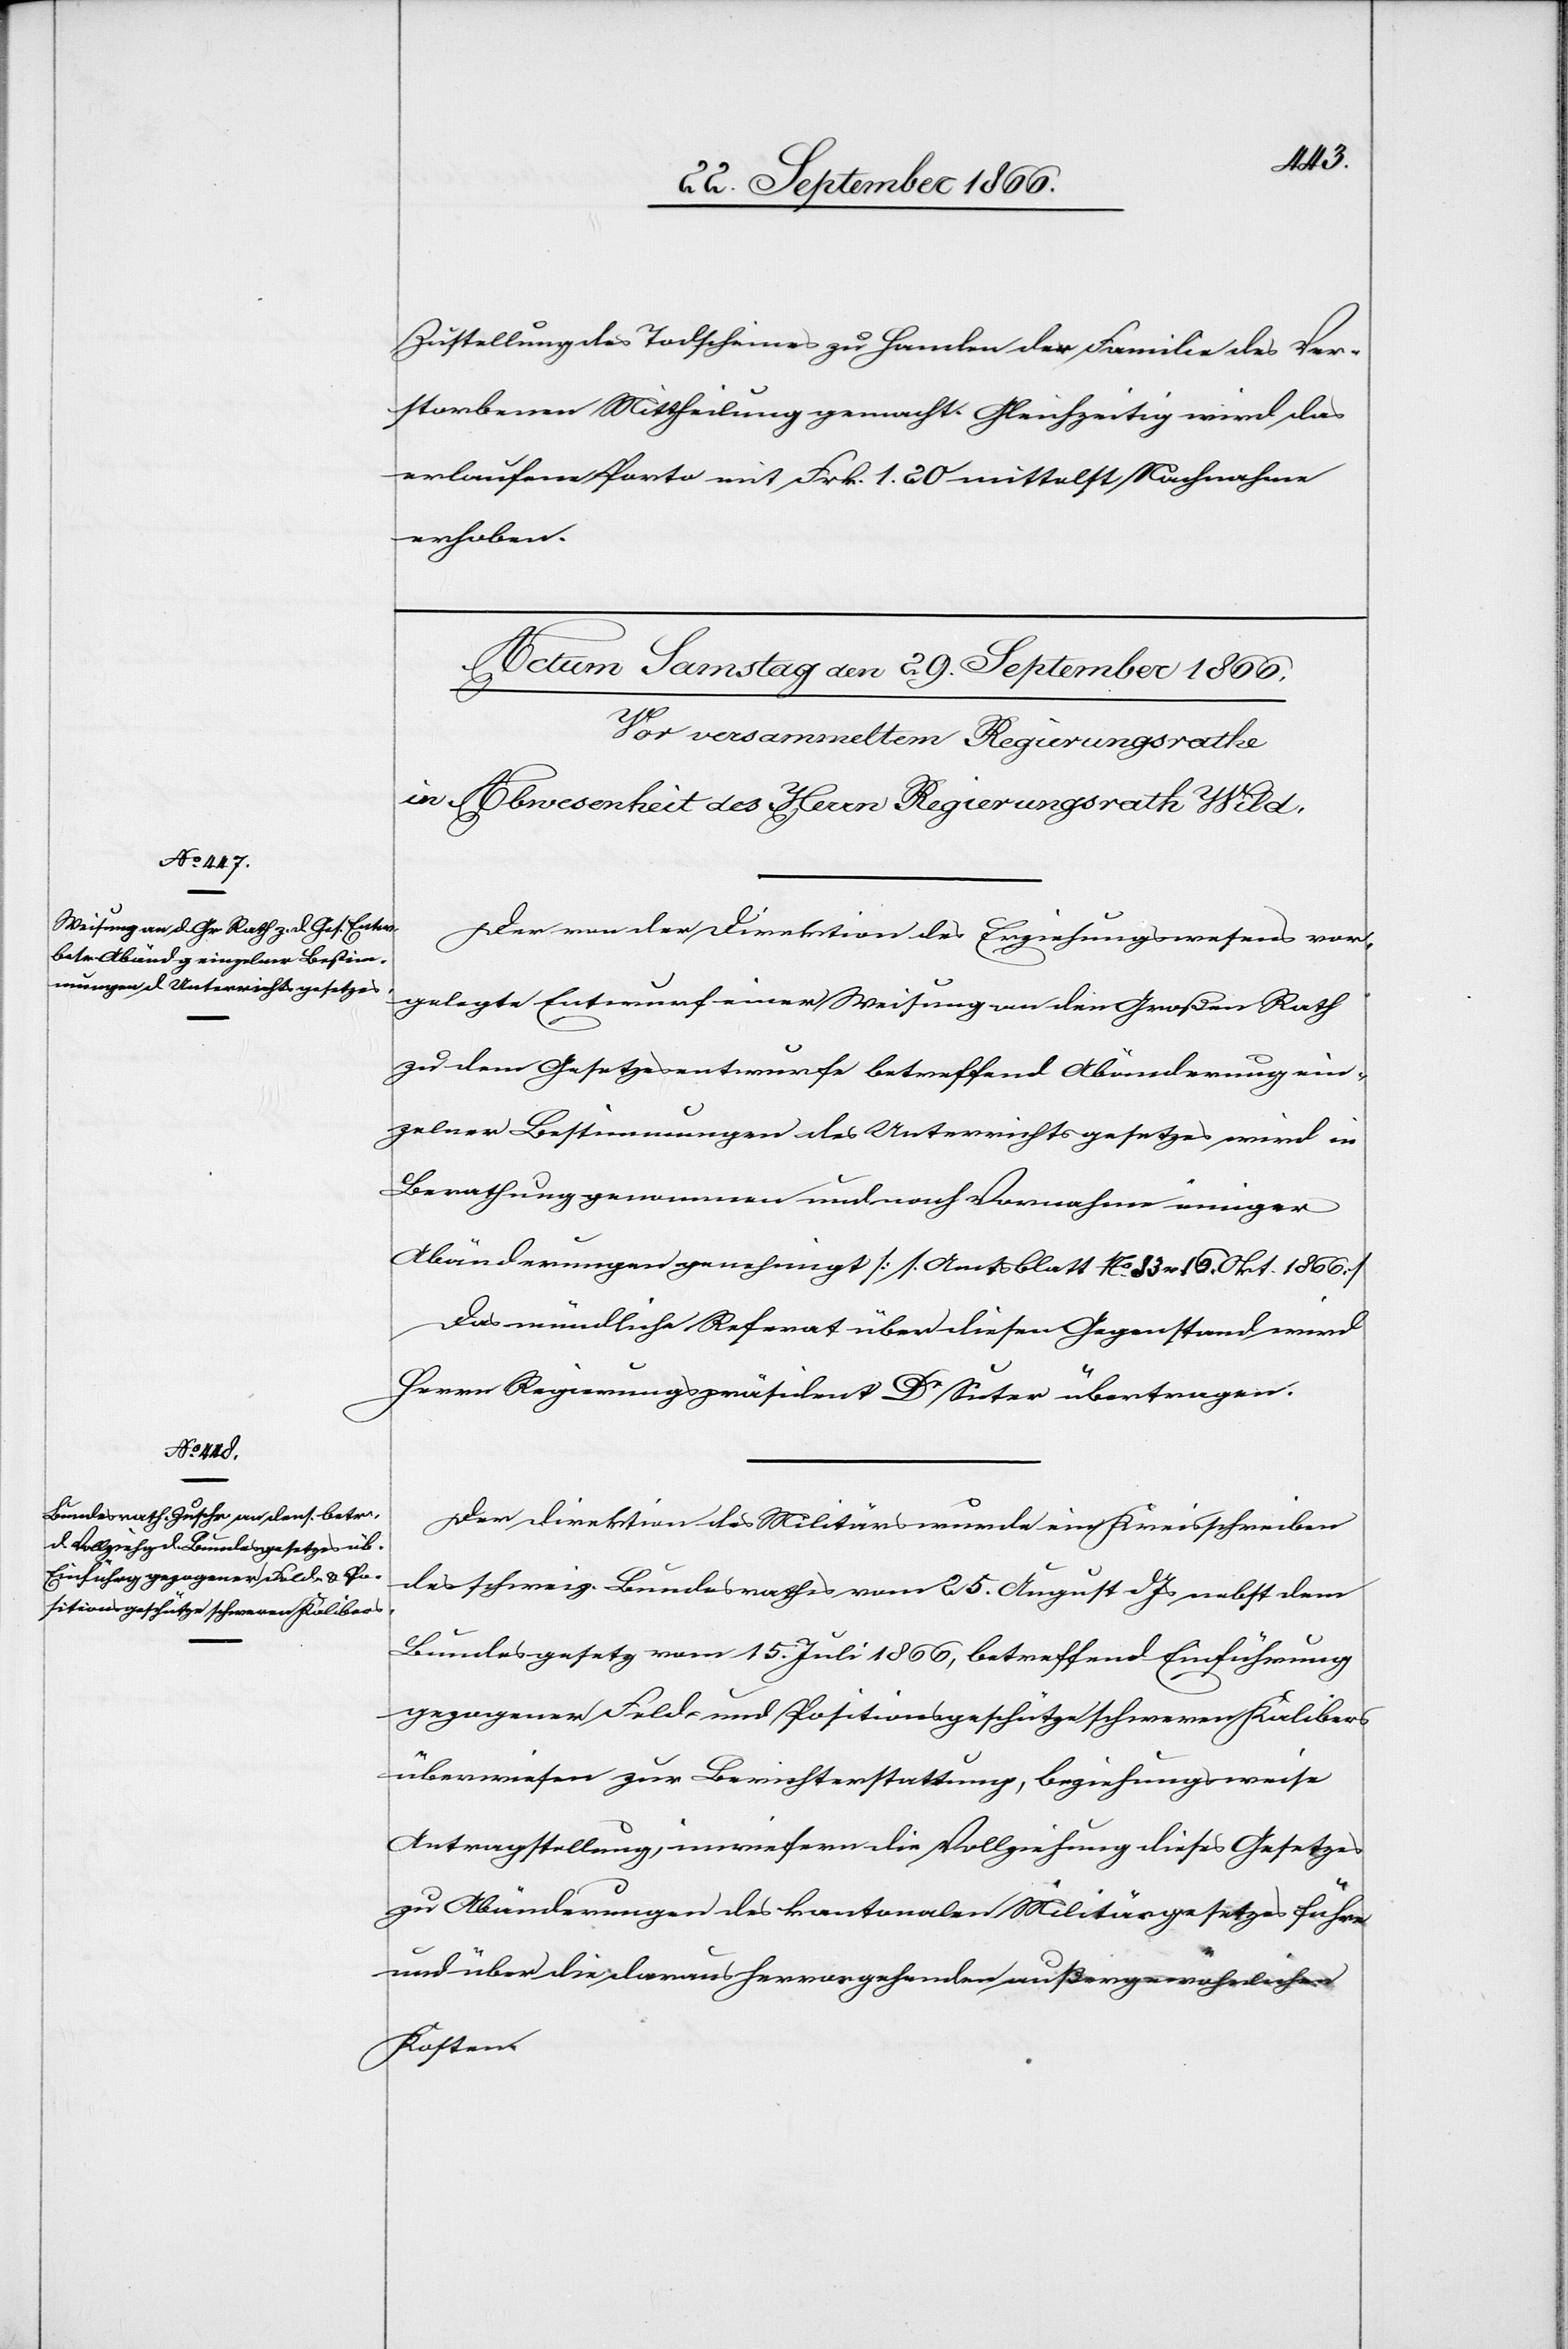
Zustellung des Todscheines zu Handen der Familie des Ver¬
storbenen Mittheilung gemacht. Gleichzeitig wird das
erlaufene Porto mit Frk. 1.20 mittelst Nachnahme
erhoben.
Der von der Direktion des Erziehungswesens vor¬
gelegte Entwurf einer Weisung an den Großen Rath
zu dem Gesetzesentwurfe betreffend Abänderung ein¬
zelner Bestimmungen des Unterrichtsgesetzes wird in
Berathung genommen und nach Vornahme einiger
Abänderungen genehmigt [s. Amtsblatt No. 33 v. 16. Okt. 1866.]
Das mündliche Referat über diesen Gegenstand wird
Herr Regierungspräsident Dr Suter übertragen.
Der Direktion des Militärs wurde ein Kreisschreiben
des schweiz. Bundesrathes vom 25. August dJs nebst dem
Bundesgesetz vom 15. Juli 1866, betreffend Einführung
gezogener Feld- u. Positionsgeschütze schweren Kalibers
überwiesen zur Berichterstattung, beziehungsweise
Antragstellung, inwiefern die Vollziehung dieses Gesetzes
zu Abänderungen des kantonalen Militärgesetzes führen
und über die daraus hervorgehenden außergewöhnlichen
Kosten.